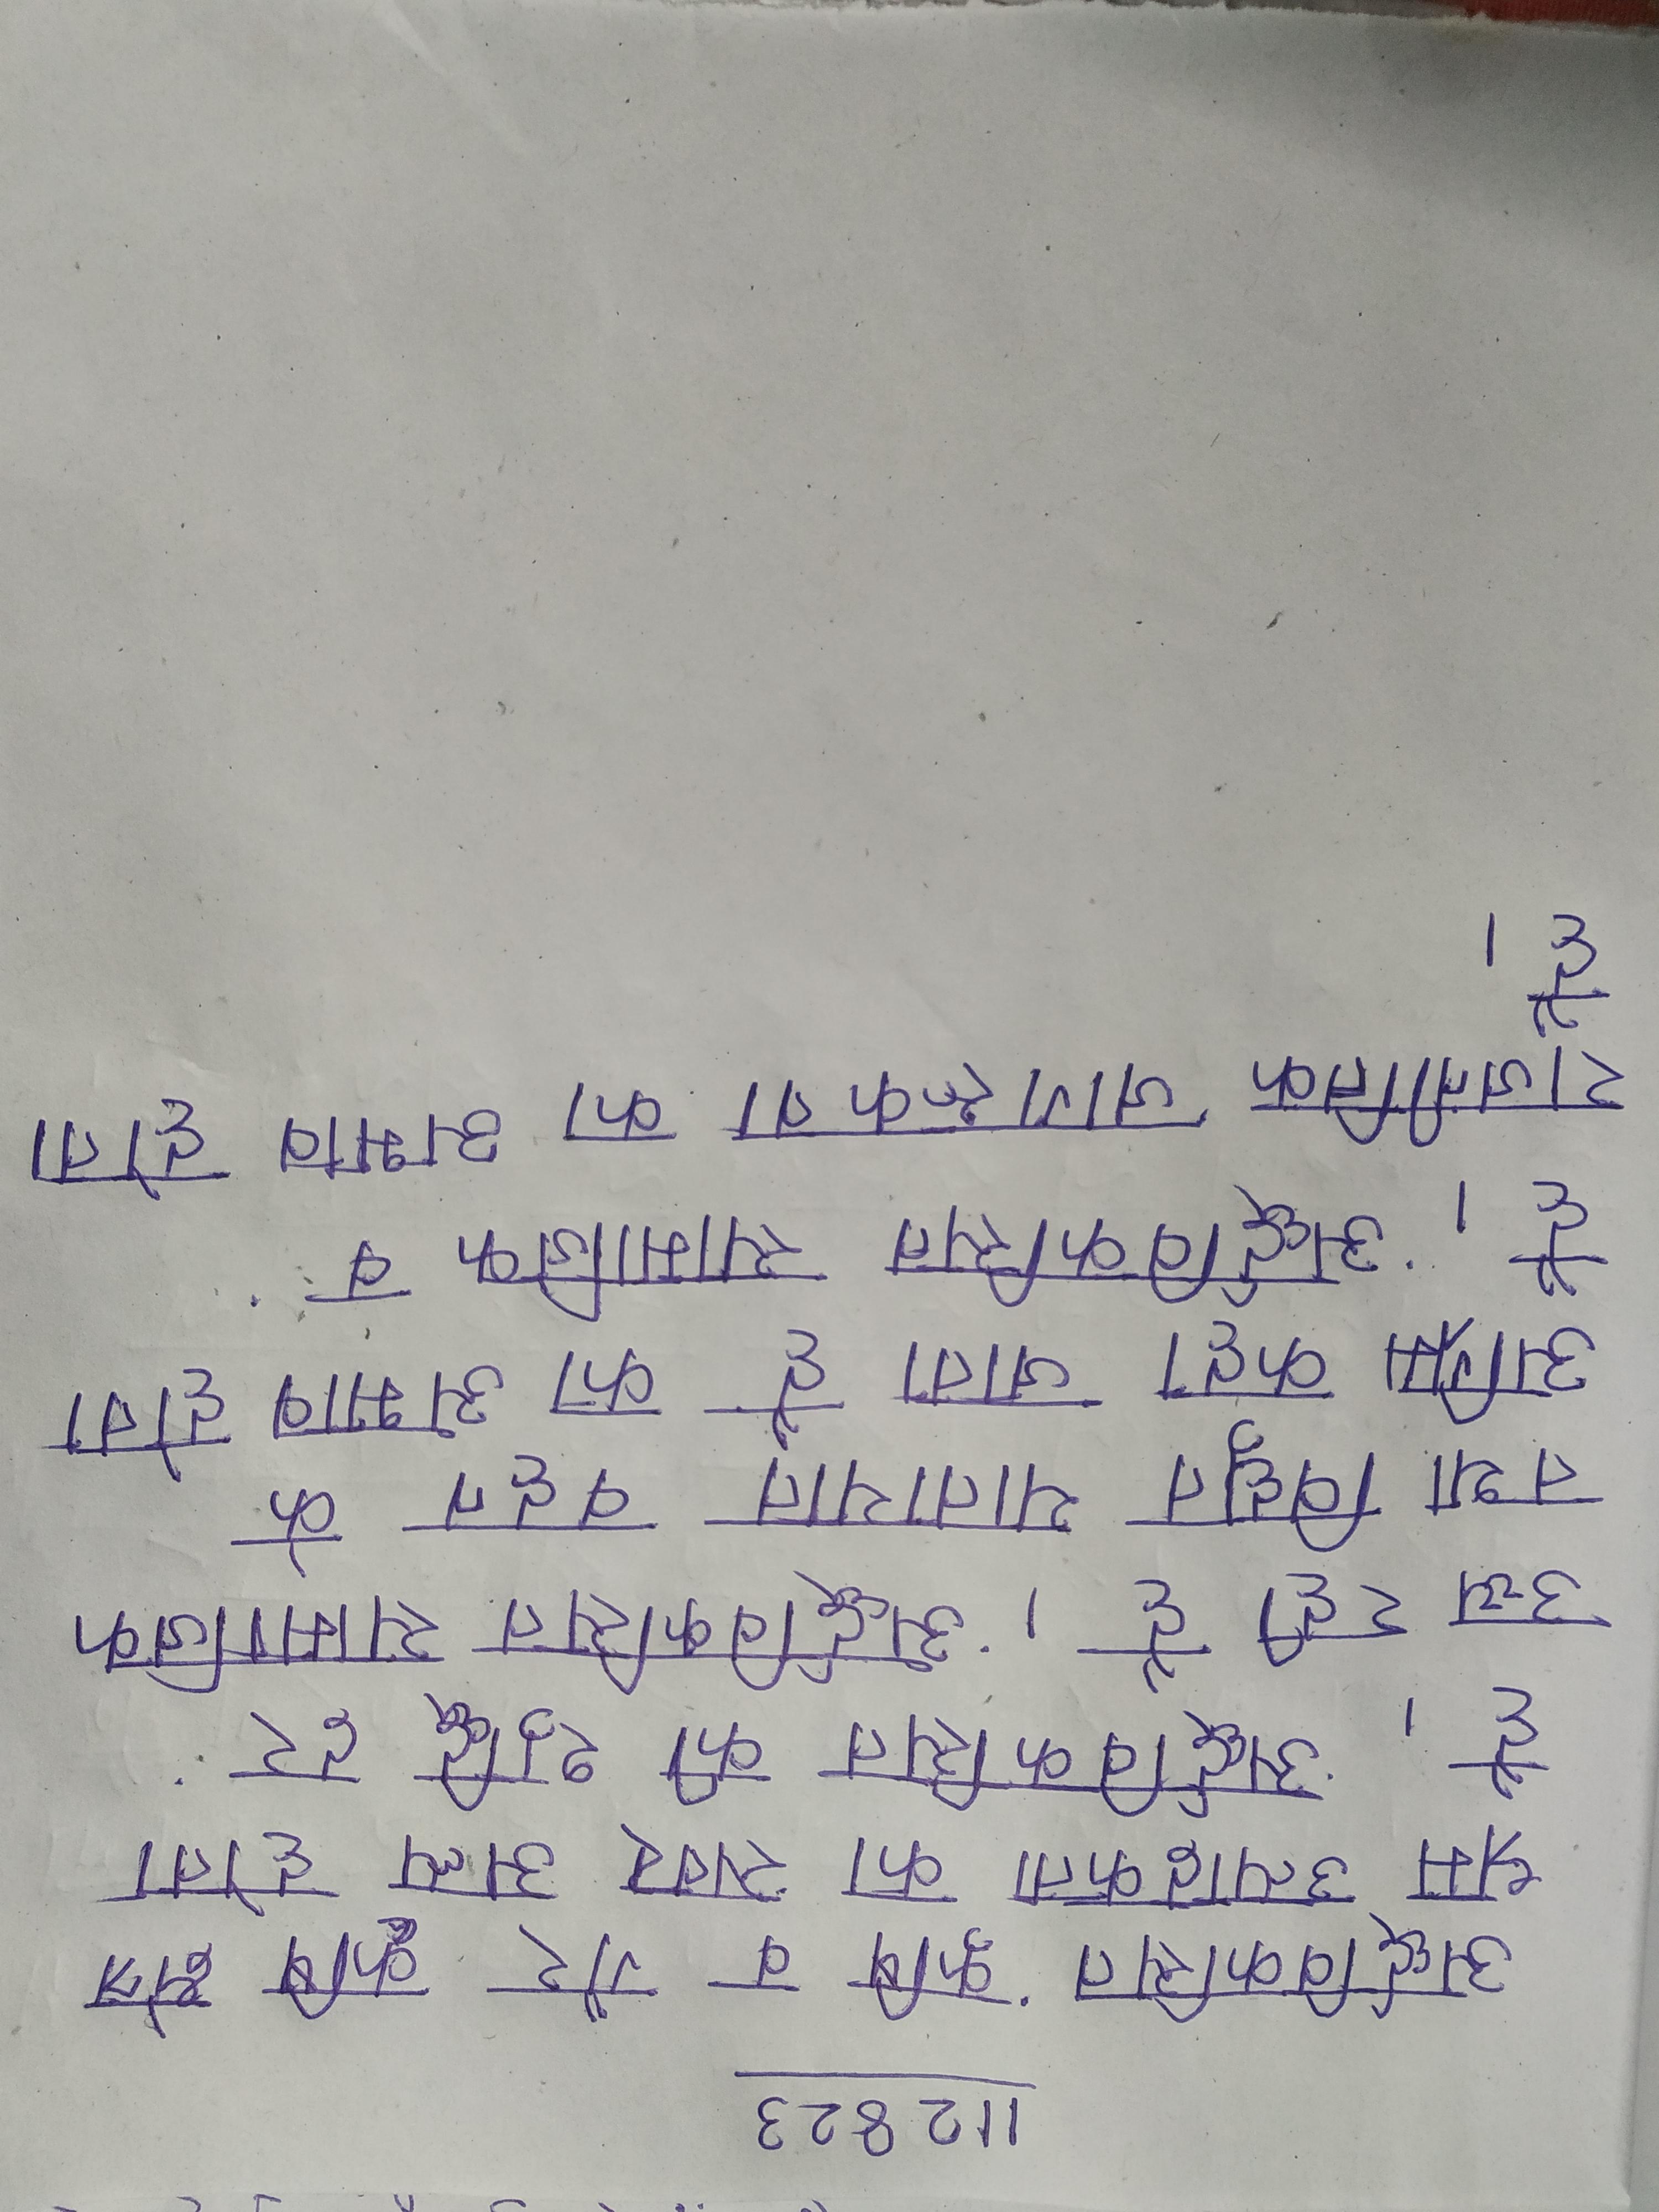
अर्द्धविकसित कृषि व गैर कृषि क्षेत्र श्रम उत्पादकता का स्तर अल्प होता है । अर्द्धविकसित की शुद्धि दर उच्च रही है । अर्द्धविकसित सामाजिक तथा विद्युत यातायात वहन के अग्रिम कहा जाता है का अभाव होता है । अर्द्धविकसित सामाजिक व राजनीतिक जागरूकता का अभाव होता है ।